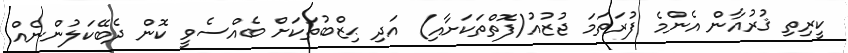
ކީރިތި ޤުރުއާން އެންމެ ފުރަތަމަ ޖުޒުއު(ފޮތްތަކަށާއި) އަދި ޙިޒްބުތަކަށް ބެއްސެވީ ކޮން ދެބޭކަލުންނެއް